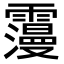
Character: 𩆓